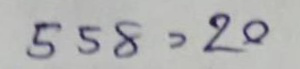
558 = 20